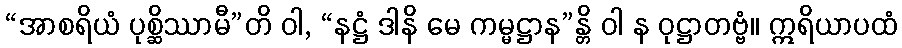
“အာစရိယံ ပုစ္ဆိဿာမီ”တိ ဝါ, “နဋ္ဌံ ဒါနိ မေ ကမ္မဋ္ဌာန”န္တိ ဝါ န ဝုဋ္ဌာတဗ္ဗံ။ ဣရိယာပထံ